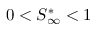
0 < S _ { \infty } ^ { * } < 1